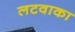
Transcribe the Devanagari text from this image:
लटवाका